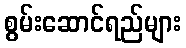
စွမ်းဆောင်ရည်များ